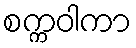
စက္ကဝါကာ